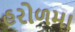
હરોળમા